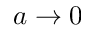
a \to 0